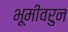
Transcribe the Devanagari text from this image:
भूमीवरुन